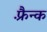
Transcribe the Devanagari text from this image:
फ़्रैन्क